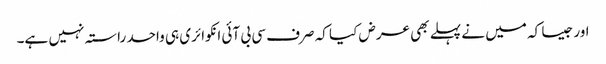
اور جیسا کہ میں نے پہلے بھی عرض کیا کہ صرف سی بی آئی انکوائری ہی واحد راستہ نہیں ہے۔